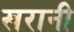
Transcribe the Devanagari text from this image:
खरानी